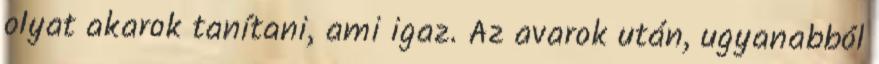
olyat akarok tanítani, ami igaz. Az avarok után, ugyanabból